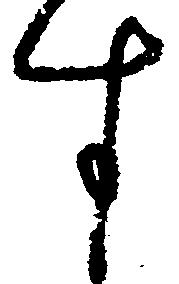
す